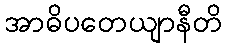
အာဓိပတေယျာနီတိ